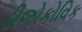
ડીજોકોવિક